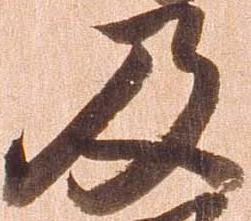
及